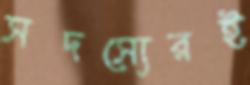
সদস্যেরই